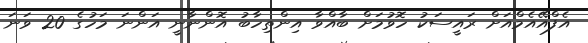
އެފްއޭއެމްއަށް ރައީސަކު ހޮވުމަށް ބާއްވާ އިންތިހާބު އޮންނާނީ އަންނަ މަހުގެ 20 ވަނަ